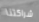
شراكتنا